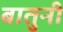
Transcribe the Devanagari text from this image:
बातुनी